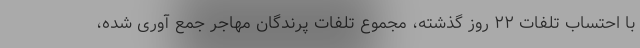
با احتساب تلفات ۲۲ روز گذشته، مجموع تلفات پرندگان مهاجر جمع آوری شده،